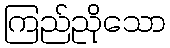
ကြည်ညိုသော